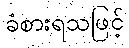
ခံစားရသဖြင့်